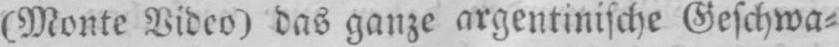
(Monte Video) das ganze argentinische Geschwa⸗